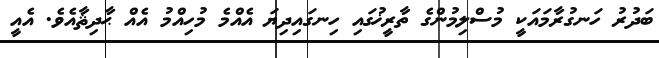
ބަދުރު ހަނގުރާމައަކީ މުސްލިމުންގެ ތާރީޚުގައި ހިނގައިދިޔަ އެއްމެ މުހިއްމު އެއް ޙާދިޘާއެވެ. އެއީ